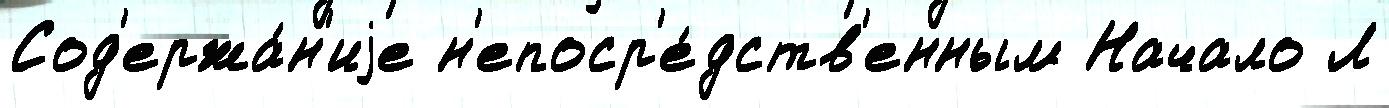
Сод'ержа́н'иjе н'епоср'е́дств'енным Начало Л